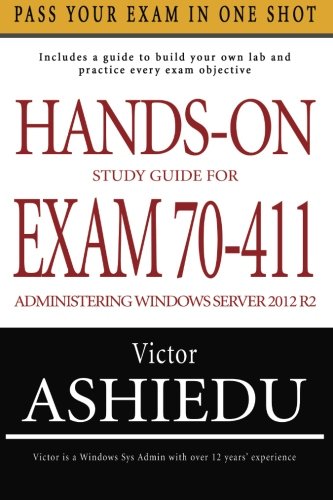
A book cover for Hands-On Study Guide For Exam 70-411: Administering Windows Server 2012 R2; Victor Ashiedu; Computers & Technology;